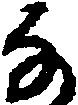
な